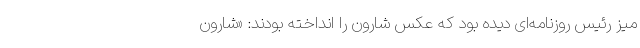
میز رئیس روزنامه‌ای دیده بود که عکس شارون را انداخته بودند: «شارون